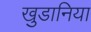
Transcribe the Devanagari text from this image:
खुडानिया